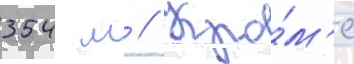
354 м // Кро́м'е